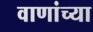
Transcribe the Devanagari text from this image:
वाणांच्या